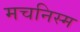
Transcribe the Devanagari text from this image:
मचनिस्म